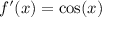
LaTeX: f ^ { \prime } ( x ) = \cos ( x )